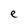
Character: e